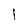
Character: l